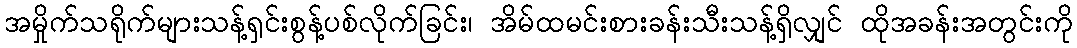
အမှိုက်သရိုက်များသန့်ရှင်းစွန့်ပစ်လိုက်ခြင်း၊ အိမ်ထမင်းစားခန်းသီးသန့်ရှိလျှင် ထိုအခန်းအတွင်းကို